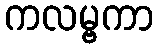
ကလမ္ဗကာ